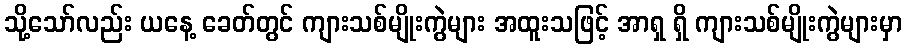
သို့သော်လည်း ယနေ့ ခေတ်တွင် ကျားသစ်မျိုးကွဲများ အထူးသဖြင့် အာရှ ရှိ ကျားသစ်မျိုးကွဲများမှာ